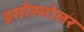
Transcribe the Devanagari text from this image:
इसोस्मोलर